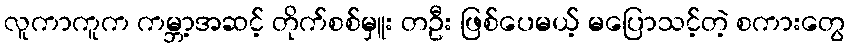
လူကာကူက ကမ္ဘာ့အဆင့် တိုက်စစ်မှူး တဦး ဖြစ်ပေမယ့် မပြောသင့်တဲ့ စကားတွေ